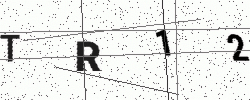
Text: TR12